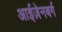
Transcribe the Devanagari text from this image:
आईज़ेनबर्ग